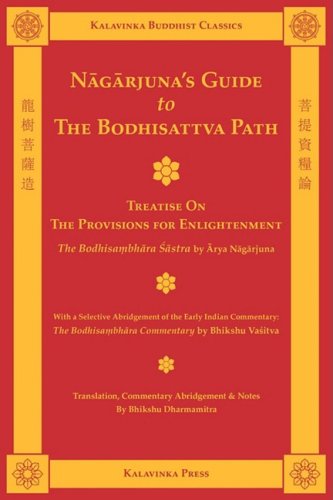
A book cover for Nagarjuna's Guide to the Bodhisattva Path (Kalavinka Buddhist Classics); Arya Nagarjuna; Religion & Spirituality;